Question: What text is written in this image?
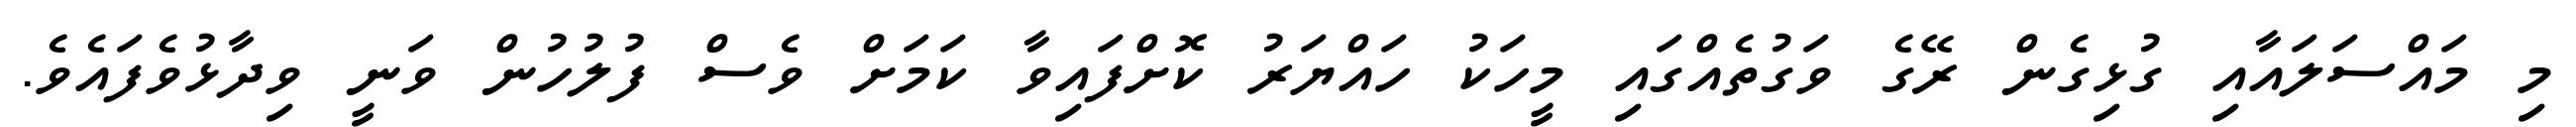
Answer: މި މައްސަލައާއި ގުޅިގެން ރޭގެ ވަގުތެއްގައި މީހަކު ހައްޔަރު ކޮށްފައިވާ ކަމަށް ވެސް ފުލުހުން ވަނީ ވިދާޅުވެފައެވެ.